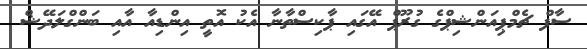
ސާފް ޗެމްޕިއަންޝިޕްގެ ގުރޫޕް އޭގައި ޕާކިސްތާނާ އެކު އޮތީ އިންޑިއާ އާއި ބަންގްލަދޭޝް